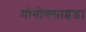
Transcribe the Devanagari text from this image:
मोनोक्साइड।